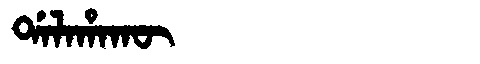
Manchu: ᡩᠠᠯᠠᡥᠠᡴᡡ
Romanization: DALAHAKŪ